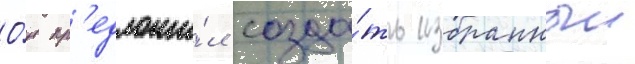
О́н пр'едложи́л созда́ть избранныи